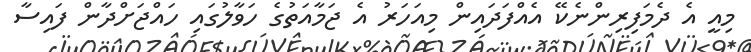
މިއީ އެ ދެމަފިރިންނެކޭ އެއްފަދައިން މިއަހަރު އެ ޖަމާއަތުގެ ހަވާލުގައި ހައްޖަށްދާން ފައިސާ